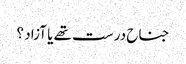
جناح درست تھے یا آزاد ؟